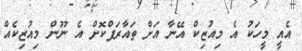
އެއީ މީހަކު އެ މިއުޒިކް އޭނާ އަށް ތައާރަފްކޮށް އެ ނޫން މިއުޒިކެއް